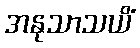
အနုသာသယိံ